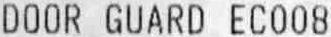
DOOR GUARD EC008